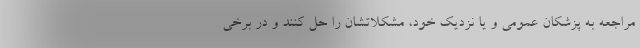
مراجعه به پزشکان عمومی و یا نزدیک خود، مشکلاتشان را حل کنند و در برخی